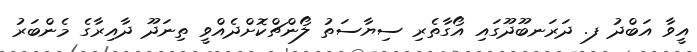
އީވާ އަބްދު ފ. ދަރަނބޫދޫގައި އޯގާތެރި ސިޔާސަތު ލޯންޗްކޮށްދެއްވީ ތިނަދޫ ދާއިރާގެ މެންބަރު